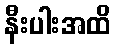
နီးပါးအထိ